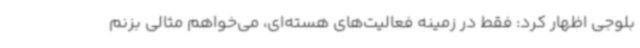
بلوجی اظهار کرد: فقط در زمینه فعالیت‌های هسته‌ای، می‌خواهم مثالی بزنم